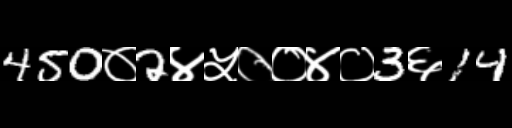
Text: 450०2४५००४०3६14